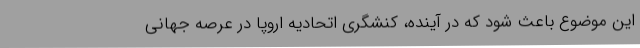
این موضوع باعث شود که در آینده، کنشگری اتحادیه اروپا در عرصه جهانی